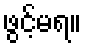
ဖွင့်မရ။